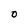
Character: O